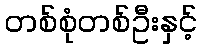
တစ်စုံတစ်ဦးနှင့်